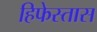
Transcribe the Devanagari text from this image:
हिफेस्तास